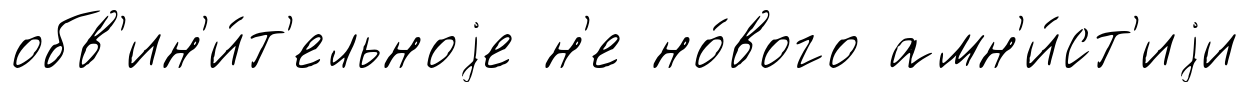
обв'ин'и́т'ельноjе н'е но́вого амн'и́ст'иjи